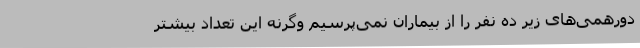
دورهمی‌های زیر ده نفر را از بیماران نمی‌پرسیم وگرنه این تعداد بیشتر